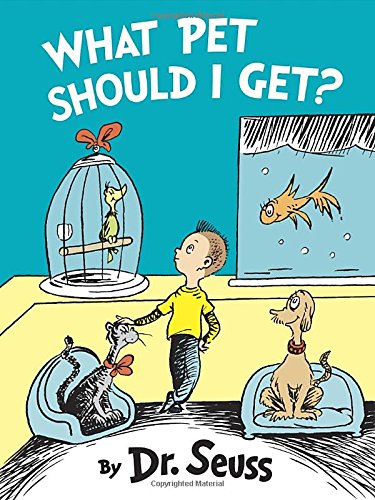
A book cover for What Pet Should I Get? (Classic Seuss); Dr. Seuss; Children's Books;